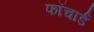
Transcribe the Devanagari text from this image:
फॉचार्ड